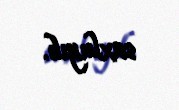
saxlayıb.